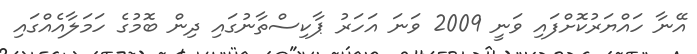
އޭނާ ހައްޔަރުކޮށްފައި ވަނީ 2009 ވަނަ އަހަރު ޕާކިސްތާނުގައި ދިން ބޮމުގެ ހަމަލާއެއްގައި